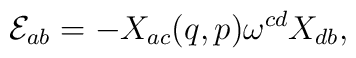
{\cal E}_{ab} = - X_{ac}(q,p)\omega^{cd}X_{db},